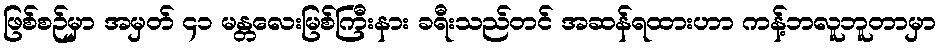
ဖြစ်စဉ်မှာ အမှတ် ၄၁ မန္တလေးမြစ်ကြီးနား ခရီးသည်တင် အဆန်ရထားဟာ ကန့်ဘလူဘူတာမှာ